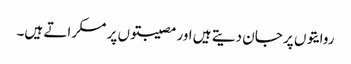
روایتوں پر جان دیتے ہیں اور مصیبتوں پر مسکراتے ہیں۔